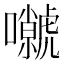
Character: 𡄼